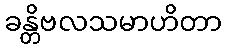
ခန္တိဗလသမာဟိတာ